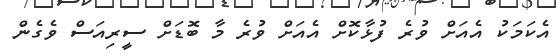
އެކަމަކު އެއަށް ވުރެ ފުޅާކޮށް އެއަށް ވުރެ މާ ބޮޑަށް ސީރިއަސް ވެގެން